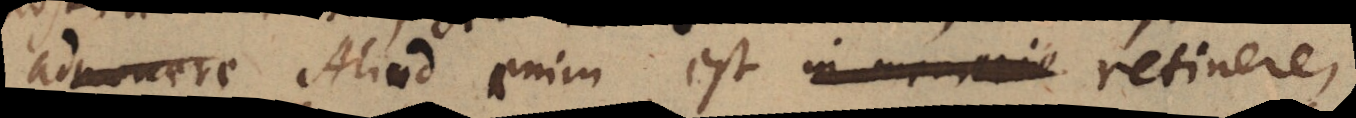
ad_ere Aliud enim est in memori retinere,